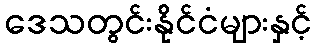
ဒေသတွင်းနိုင်ငံများနှင့်